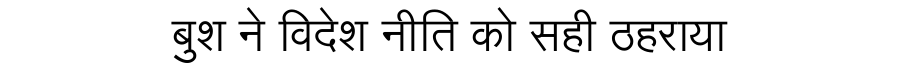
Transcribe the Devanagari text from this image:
बुश ने विदेश नीति को सही ठहराया